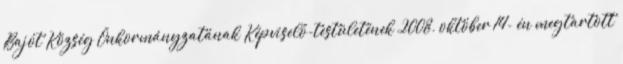
Bajót Község Önkormányzatának Képviselő-testületének 2008. október 14- én megtartott